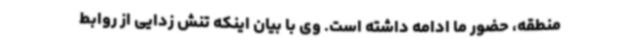
منطقه، حضور ما ادامه داشته است. وی با بیان اینکه تنش زدایی از روابط